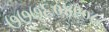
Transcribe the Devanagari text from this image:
७७७६०४९०८८